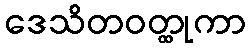
ဒေသိတဝတ္ထုကာ